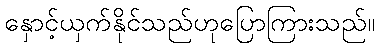
နှောင့်ယှက်နိုင်သည်ဟုပြောကြားသည်။